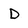
Character: D